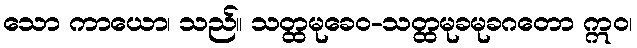
သော ကာယော၊ သည်။ သတ္ထမုခေဝ-သတ္ထမုခမုခဂတော ဣဝ၊